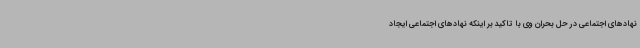
نهادهای اجتماعی در حل بحران وی با تاکید بر اینکه نهادهای اجتماعی ایجاد